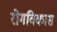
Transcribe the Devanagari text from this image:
रोगविकास